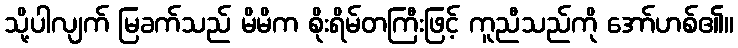
သို့ပါလျက် မြခက်သည် မိမိက စိုးရိမ်တကြီးဖြင့် ကူညီသည်ကို အော်ဟစ်၏။